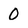
Character: 0